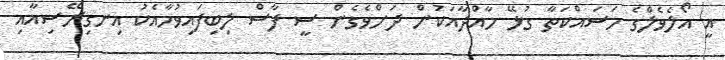
އީ އޯލެވެލްގެ މަސައްކަތާ ގުޅޭ މާއްދާއަކުން ދަށްވެގެން ސީ ފާސް ލިބިފައިވުމާއެކު އިނގިރޭސިއާއި